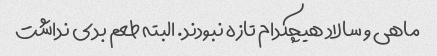
ماهی و سالاد هیچکدام تازه نبودند. البته طعم بدی نداشت